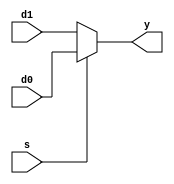
module mux2(d0, d1, s, y);	//1bit 2-to-1 mux
	input d0, d1, s;
	output y;
	assign y = (s == 1'b1) ? d0 : d1;
endmodule

module mux2_16bits(d0, d1, s, y);	//16bit 2-to-1 mux
	input [15:0] d0, d1;
	input	s;
	output [15:0] y;
	assign y = (s == 1'b1) ? d0 : d1;
endmodule

module mux2_32bits(d0, d1, s, y);	//32bit 2-to-1 mux
	input [31:0] d0, d1;
	input s;
	output [31:0] y;
	assign y = (s == 1'b1) ? d0 : d1;
endmodule

module mux5_32bits(d0, d1, d2, d3, d4, s, y);	//32bit 5-to-1 mux
	input [31:0] d0, d1, d2, d3, d4;
	input [4:0] s;
	output reg [31:0] y;
	
	always @ (s or d0 or d1 or d2 or d3 or d4) begin	//one-hot encoding
		case(s)
			5'b10000: y <= d0;
			5'b01000: y <= d1;
			5'b00100: y <= d2;
			5'b00010: y <= d3;
			5'b00001: y <= d4;
			default: y <= 32'b0;
		endcase
	end
endmodule